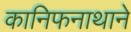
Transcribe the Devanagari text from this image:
कानिफनाथाने